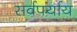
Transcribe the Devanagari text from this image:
सर्वपर्याय